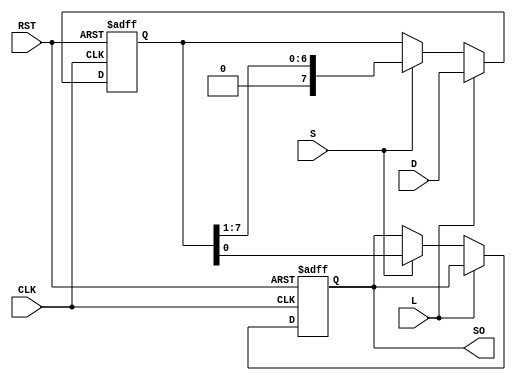
module PISO_Register #(
    parameter n = 8  // Parameter for the width of the register
)(
    input wire [n-1:0] D,      // Parallel data input
    input wire L,               // Load control signal
    input wire S,               // Shift control signal
    input wire CLK,             // Clock signal
    input wire RST,             // Asynchronous reset signal
    output reg SO               // Serial output
);

    // Internal register to hold the data
    reg [n-1:0] shift_reg;

    always @(posedge CLK or posedge RST) begin
        if (RST) begin
            // Asynchronous reset: clear the shift register
            shift_reg <= {n{1'b0}};
            SO <= 1'b0; // Reset serial output
        end else if (L) begin
            // Load operation: load parallel data into the register
            shift_reg <= D;
        end else if (S) begin
            // Shift operation: shift data right and output the LSB
            SO <= shift_reg[0]; // Output the LSB
            shift_reg <= {1'b0, shift_reg[n-1:1]}; // Shift right
        end
    end

endmodule